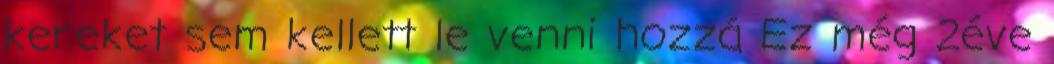
kereket sem kellett le venni hozzá Ez még 2éve